Vaccination North-Western Provinces and Oudh 1878-1895 - 1878-1895
Year: 1878
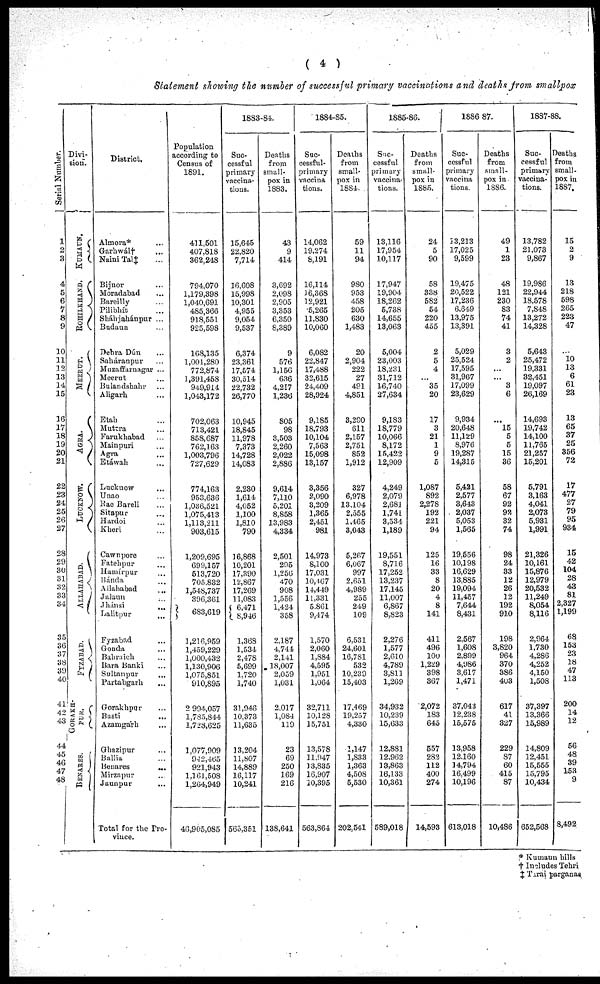
( 4 )
Statement showing the number of successful primary vaccinations and deaths from smallpox
Serial Number.
1
2
3
4
5
6
7
8
9
10
11
12
13
14
15
16
17
18
19
20
21
22
23
24
25
26
27
28
29
30
31
32
34
35
36
37
38
39
40
41
42
43
44
45
46
47
48
Divi-
sion.
KUMAUN.
ROHILKHAND.
MEERUT.
AGRA.
LUCKNOW.
ALLAHABAD.
FYZABAD.
GORAKH-
PUR.
BENARES.
District.
Almora* ...
Garhwál† ...
Naini Tal‡ ...
Bijnor ...
Moradabad ...
Bareilly ...
Pilibhít ...
Sháhjahánpur ...
Budaun ...
Dehra Dún ...
Saháranpur ...
Muzaffarnagar ...
Meerut ...
Bulandshahr ...
Aligarh ...
Etah ...
Muttra ...
Farukhabad ...
Mainpuri ...
Agra ...
Etáwah ...
Lucknow ...
Unao ...
Rae Bareli ...
Sitapur ...
Hardoi ...
Kheri ...
Cawnpore ...
Fatehpur ...
Hamírpur ...
Bánda ...
Allahabad ...
Jalaun ...
Jhánsi
...
Lalitpur ...
Fyzabad ...
Gonda ...
Bahraich ...
Bara Banki ...
Sultanpur ...
Partabgarh ...
Gorakhpur ...
Basti ...
Azamgarh ...
Ghazipur ...
Ballia ...
Benares
...
Mirzapur ...
Jaunpur ...
Total for the Pro-
vince.
Population
according to
Census of
1891.
411,501
407,818
362,248
794,070
1,179,398
1,040,691
485,366
918,551
925,598
168,135
1,001,280
772,874
1,391,458
949,914
1,043,172
702,063
713,421
858,687
762,163
1,003,796
727,629
774,163
953,636
1,036,521
1,075,413
1,113,211
903,615
1,209,695
699,157
513,720
705,832
1,548,737
396,361
683,619
1,216,959
1,459,229
1,000,432
1,130,906
1,075,851
910,895
2,994,057
1,785,844
1,728,625
1,077,909
942,465
921,943
1,161,508
1,264,949
46,905,085
1883-84.
Suc-
cessful
primary
vaccina-
tions.
15,645
22,820
7,714
16,608
15,998
10,301
4,955
9,054
9,537
6,374
23,361
17,574
30,514
22,732
26,770
10,945
18,845
11,978
7,373
14,728
14,083
2,230
1,614
4,052
1,100
1,810
790
16,868
10,201
17,390
12,867
17,269
11,083
6,471
8,946
1,368
1,534
2,478
5,699
1,720
1,740
31,946
10,373
11,635
13,204
11,807
14,889
16,117
10,241
565,351
Deaths
from
small-
pox in
1883.
43
9
414
3,692
2,098
2,905
3,353
6,350
8,389
9
576
1,156
636
4,217
1,236
805
98
3,503
2,260
2,022
2,886
9,614
7,110
5,201
8,858
13,983
4,334
2,501
295
1,256
470
908
1,556
1,424
358
2,187
4,744
2,141
18,007
2,059
1,031
2,017
1,084
119
23
69
250
169
216
138,641
1884-85.
Suc-
cessful-
primary
vaccina
tions.
14,062
19,274
8,191
16,114
16,368
12,921
5,265
11,830
10,060
6,082
22,847
17,488
32,615
24,409
28,924
9,185
18,793
10,104
7,563
15,098
13,157
3,356
2,090
3,209
1,365
2,451
981
14,973
8,100
17,031
10,467
14,449
11,331
5,861
9,474
1,570
2,060
1,884
4,595
1,951
1,064
32,711
10,128
15,751
13,578
11,947
13,835
16,907
10,395
563,864
Deaths
from
small-
pox in
1884.
59
11
94
980
953
458
205
630
1,483
20
2,904
222
27
491
4,851
3,290
611
2,157
2,751
852
1,912
327
6,978
13,104
2,555
1,465
3,043
5,267
6,067
997
2,651
4,989
255
249
109
6,531
24,601
16,781
532
10,239
15,403
17,469
19,257
4,330
1,147
1,833
1,363
4,508
5,530
202,541
1885-86.
Suc-
cessful
primary
vaccina-
tions.
13,116
17,954
10,117
17,947
19,904
18,262
5,738
14,655
13,063
5,004
23,003
18,231
31,712
16,740
27,634
9,183
18,779
10,066
8,172
15,422
12,909
4,249
2,079
2,681
1,741
3,534
1,189
19,551
8,716
17,252
13,237
17,145
11,007
6,867
8,823
2,276
1,577
2,610
4,789
3,811
1,269
34,932
10,239
15,633
12,881
12,962
13,863
16,133
10,361
589,018
Deaths
from
small
pox in
1885.
24
5
90
58
338
582
54
220
455
2
5
4
...
35
20
17
3
21
1
9
5
1,087
892
2,278
192
221
94
125
16
33
8
20
4
8
141
411
496
100
1,229
398
367
2,072
183
645
557
282
112
400
274
14,593
1886-87.
Suc-
cessful
primary
vaccina
tions.
13,213
17,025
9,599
19,475
20,522
17,236
6,649
13,975
13,391
5,029
25,524
17,595
31,967
17,099
23,629
9,934
20,648
11,129
8,976
19,287
14,315
5,421
2,577
3,643
2,037
5,053
1,565
19,556
10,198
16,629
13,885
19,094
11,457
7,644
8,431
2,567
1,608
2,899
4,986
3,617
1,471
37,043
12,238
15,575
13,958
12,160
14,794
16,499
10,196
613,018
Deaths
from
small-
pox in
1886.
49
1
23
48
121
230
83
74
41
3
2
...
...
3
6
...
15
5
5
15
36
58
67
92
92
32
74
98
24
33
12
26
12
192
910
198
3,820
964
370
386
403
617
41
327
229
87
60
415
87
10,486
1887-88.
Suc-
cessful
primary
vaccina-
tions.
13,782
21,073
9,867
19,986
22,944
18,578
7,848
13,272
14,328
5,643
25,472
19,331
32,451
19,097
26,169
14,693
19,742
14,100
11,765
21,257
15,201
5,791
3,163
4,041
2,073
5,931
1,991
21,326
10,161
15,876
12,979
20,532
11,249
8,054
8,116
2,964
1,730
4,286
4,252
4,150
1,508
37,397
13,366
15,989
14,809
12,451
15,555
15,795
10,434
652,568
Deaths
from
small-
pox in
1887.
15
2
9
13
218
598
265
223
47
...
10
13
6
61
23
13
65
37
25
356
72
17
477
27
79
95
934
15
42
104
28
43
81
2,327
1,199
68
153
23
18
47
113
200
14
12
56
48
39
153
9
8,492
* Kumaun hills
† Includes Tehri
‡ Tarai parganas